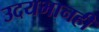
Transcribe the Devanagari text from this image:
उदयभानही